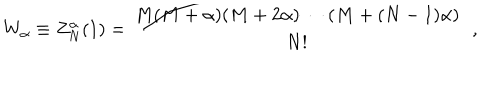
LaTeX: W _ { \alpha } \equiv Z _ { N } ^ { \alpha } ( 1 ) = \frac { M ( M + \alpha ) ( M + 2 \alpha ) \cdots ( M + ( N - 1 ) \alpha ) } { N ! } \, \, \, ,